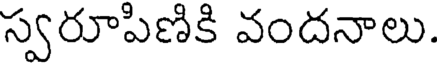
స్వరూపిణికి వందనాలు.